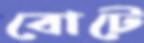
বোটে